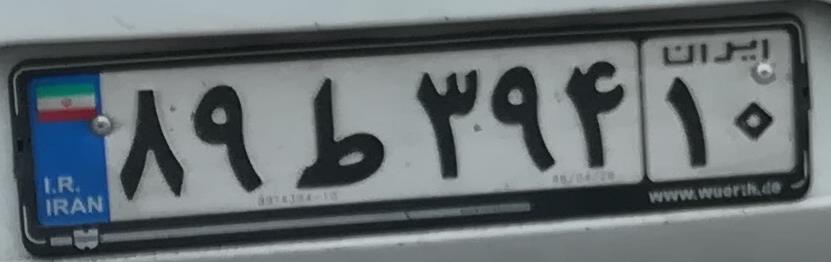
۸۹ط۳۹۴۱۰